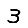
Digit: 3